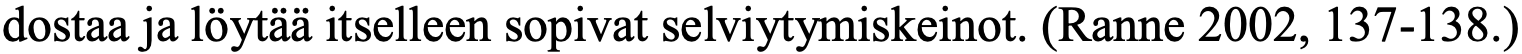
dostaa ja löytää itselleen sopivat selviytymiskeinot. (Ranne 2002, 137-138.)